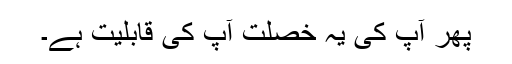
پھر آپ کی یہ خصلت آپ کی قابلیت ہے۔